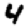
Digit: 4